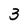
Character: 3